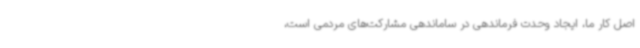
اصل کار ما، ایجاد وحدت فرماندهی در ساماندهی مشارکت‌های مردمی است،